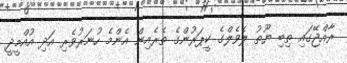
ރާއްޖޭގައި ތިބި ޔޫތު ލެވެލްގެ ކީޕަރުންގެ ތެރެއިން އެންމެ ހުނަރުވެރި އަދި އުއްމީދީ